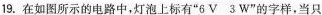
19. 在如图所示的电路中，灯泡上标有”6V 3W”的字样，当只